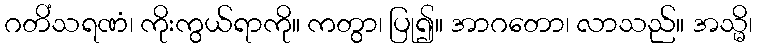
ဂတိံသရဏံ၊ ကိုးကွယ်ရာကို။ ကတွာ၊ ပြု၍။ အာဂတော၊ လာသည်။ အသ္မိ၊